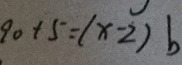
9 0 + 5 = ( x - 2 ) b